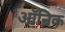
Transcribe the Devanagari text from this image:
ऑन्रिक